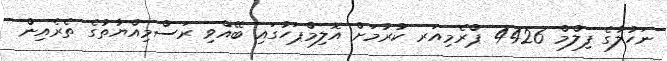
ނަހުލާގެ ފިލްމް 4426 ޕްރެމިއަރ ކުރުމަށް އޮލިމްޕަހުގައި ބޭއްވި ރަސްމިއްޔާތުގެ ތެެރެއިން